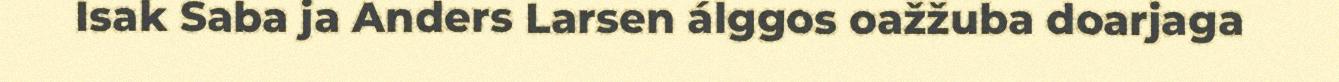
Isak Saba ja Anders Larsen álggos oažžuba doarjaga